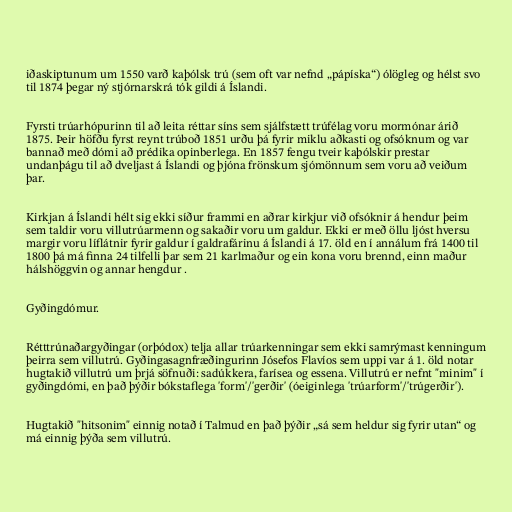
iðaskiptunum um 1550 varð kaþólsk trú (sem oft var nefnd „pápíska“) ólögleg og hélst svo
til 1874 þegar ný stjórnarskrá tók gildi á Íslandi.

Fyrsti trúarhópurinn til að leita réttar síns sem sjálfstætt trúfélag voru mormónar árið
1875. Þeir höfðu fyrst reynt trúboð 1851 urðu þá fyrir miklu aðkasti og ofsóknum og var
bannað með dómi að prédika opinberlega. En 1857 fengu tveir kaþólskir prestar
undanþágu til að dveljast á Íslandi og þjóna frönskum sjómönnum sem voru að veiðum
þar.

Kirkjan á Íslandi hélt sig ekki síður frammi en aðrar kirkjur við ofsóknir á hendur þeim
sem taldir voru villutrúarmenn og sakaðir voru um galdur. Ekki er með öllu ljóst hversu
margir voru líflátnir fyrir galdur í galdrafárinu á Íslandi á 17. öld en í annálum frá 1400 til
1800 þá má finna 24 tilfelli þar sem 21 karlmaður og ein kona voru brennd, einn maður
hálshöggvin og annar hengdur .

Gyðingdómur.

Rétttrúnaðargyðingar (orþódox) telja allar trúarkenningar sem ekki samrýmast kenningum
þeirra sem villutrú. Gyðingasagnfræðingurinn Jósefos Flavíos sem uppi var á 1. öld notar
hugtakið villutrú um þrjá söfnuði: sadúkkera, farísea og essena. Villutrú er nefnt "minim" í
gyðingdómi, en það þýðir bókstaflega 'form'/'gerðir' (óeiginlega 'trúarform'/'trúgerðir').

Hugtakið "hitsonim" einnig notað í Talmud en það þýðir „sá sem heldur sig fyrir utan“ og
má einnig þýða sem villutrú.